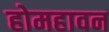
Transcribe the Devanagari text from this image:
होमहावन